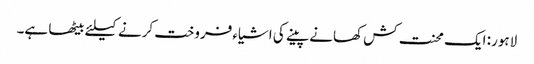
لاہور: ایک محنت کش کھانے پینے کی اشیاء فروخت کرنے کیلئے بیٹھا ہے۔